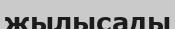
жылысады